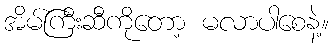
အိမ်ကြီးဆီကိုတော့ မလာပါစေနဲ့။